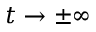
t \rightarrow \pm \infty